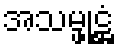
အသမ္ဖုဋ္ဌံ